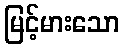
မြင့်မားသော